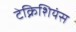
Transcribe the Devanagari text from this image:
टेक्निशियंस